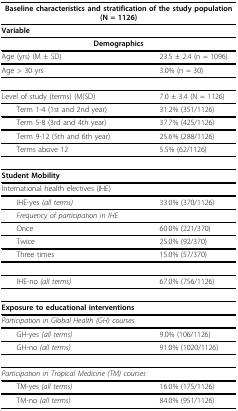
<table><thead><tr><td colspan="2"><b>Baseline characteristics and stratification of the study population (N = 1126)</b></td></tr></thead><tbody><tr><td><b>Variable</b></td><td></td></tr><tr><td><b>Demographics</b></td><td></td></tr><tr><td>Age (yrs) (M ± SD)</td><td>23.5 ± 2.4 (n = 1096)</td></tr><tr><td>Age &gt; 30 yrs</td><td>3.0% (n = 30)</td></tr><tr><td>Level of study (terms) (M(SD)</td><td>7.0 ± 3.4 (N = 1126)</td></tr><tr><td> Term 1-4 (1st and 2nd year)</td><td>31.2% (351/1126)</td></tr><tr><td> Term 5-8 (3rd and 4th year)</td><td>37.7% (425/1126)</td></tr><tr><td> Term 9-12 (5th and 6th year)</td><td>25.6% (288/1126)</td></tr><tr><td> Terms above 12</td><td>5.5% (62/1126)</td></tr><tr><td><b>Student Mobility</b></td><td></td></tr><tr><td>International health electives (IHE)</td><td></td></tr><tr><td> IHE-yes <i>(all terms)</i></td><td>33.0% (370/1126)</td></tr><tr><td> <i>Frequency of participation in IHE</i></td><td></td></tr><tr><td> Once</td><td>60.0% (221/370)</td></tr><tr><td> Twice</td><td>25.0% (92/370)</td></tr><tr><td> Three times</td><td>15.0% (57/370)</td></tr><tr><td> IHE-no <i>(all terms)</i></td><td>67.0% (756/1126)</td></tr><tr><td><b>Exposure to educational interventions</b></td><td></td></tr><tr><td><i>Participation in Global Health (GH) courses</i></td><td></td></tr><tr><td> GH-yes <i>(all terms)</i></td><td>9.0% (106/1126)</td></tr><tr><td> GH-no <i>(all terms)</i></td><td>91.0% (1020/1126)</td></tr><tr><td><i>Participation in Tropical Medicine (TM) courses</i></td><td></td></tr><tr><td> TM-yes <i>(all terms)</i></td><td>16.0% (175/1126)</td></tr><tr><td> TM-no <i>(all terms)</i></td><td>84.0% (951/1126)</td></tr></tbody></table>